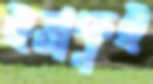
ইভাকুই